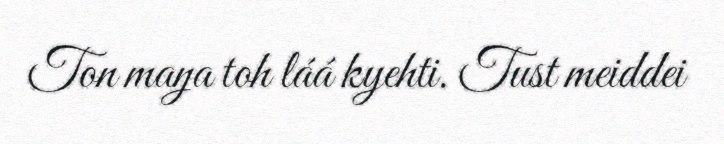
Ton maŋa toh láá kyehti. Tust meiddei